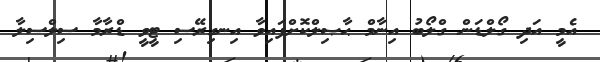
އެމީ އަދި ގޯލްޑަން ގްލޯބު އިނާމް ޙާޞިލްކޮށްފައިވާ އިނގިރޭސި ޓީވީ ޑްރާމާ ސިލްސިލާ